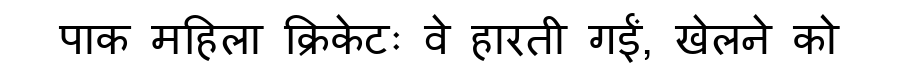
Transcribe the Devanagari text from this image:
पाक महिला क्रिकेटः वे हारती गईं, खेलने को